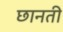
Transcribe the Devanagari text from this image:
छानती